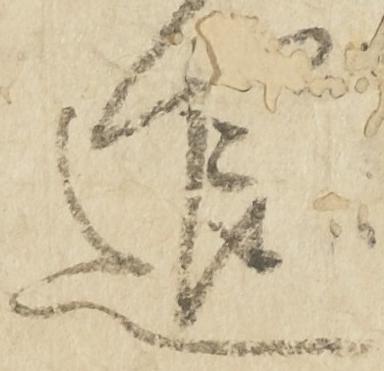
退